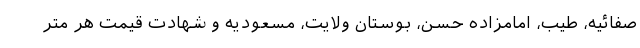
صفائیه، طیب، امامزاده حسن، بوستان ولایت، مسعودیه و شهادت قیمت هر متر